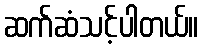
ဆက်ဆံသင့်ပါတယ်။